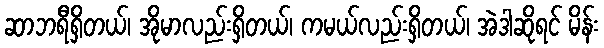
ဆာဘရီရှိတယ်၊ အိုမာလည်းရှိတယ်၊ ကမယ်လည်းရှိတယ်၊ အဲဒါဆိုရင် မိန်း